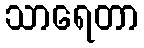
သာရေတာ